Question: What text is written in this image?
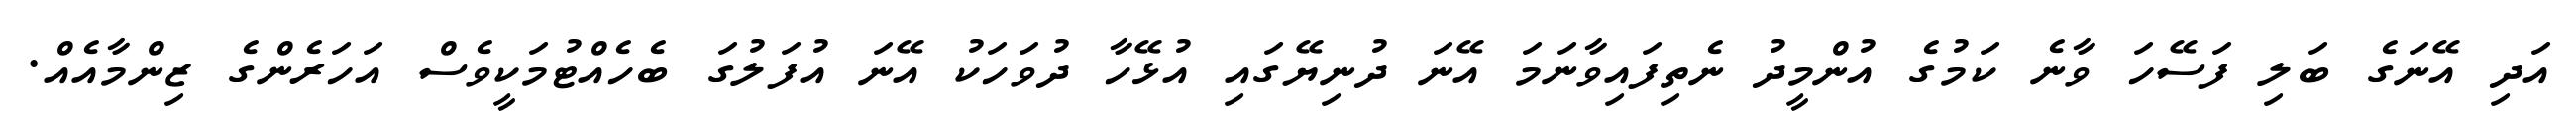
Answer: އަދި އޭނަގެ ބަލި ފަސޭހަ ވާނެ ކަމުގެ އުންމީދު ނެތިފައިވާނަމަ އޭނަ ދުނިޔޭގައި އުޅޭހާ ދުވަހަކު އޭނަ އުފަލުގަ ބެހެއްޓުމަކީވެސް އަހަރެންގެ ޒިންމާއެއް.